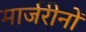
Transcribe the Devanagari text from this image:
मार्जरीनों